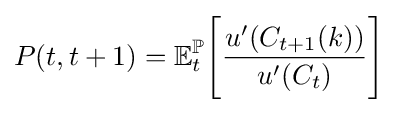
P(t,t+1)=\mathbb {E} _{t}^{\mathbb {P} }{\Bigg [}{\frac {u^{\prime }(C_{t+1}(k))}{u^{\prime }(C_{t})}}{\Bigg ]}